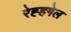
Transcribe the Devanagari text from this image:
रेह्हगेल